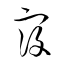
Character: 寇